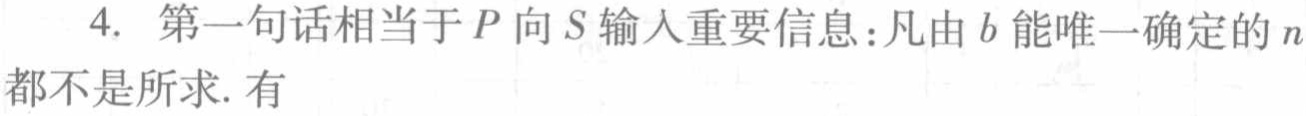
4. 第一句话相当于\(P\)向\(S\)输入重要信息：凡由\(b\)能唯一确定的\(n\)都不是所求. 有